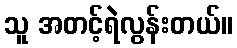
သူ အတင့်ရဲလွန်းတယ်။